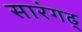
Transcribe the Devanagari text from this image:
सारंगढ्